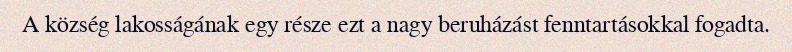
A község lakosságának egy része ezt a nagy beruházást fenntartásokkal fogadta.